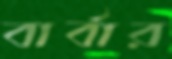
বার্বার